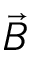
\vec { B }